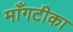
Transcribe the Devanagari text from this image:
माँगटीका